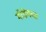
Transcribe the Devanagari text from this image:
मॉडेमचा